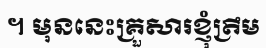
។ មុននេះគ្រួសារខ្ញុំត្រឹម